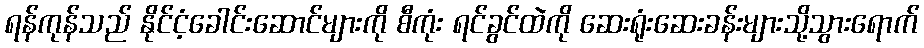
ရန်ကုန်သည် နိုင်ငံ့ခေါင်းဆောင်များကို စီကုံး ရင်ခွင်ထဲကို ဆေးရုံးဆေးခန်းများသို့သွားရောက်